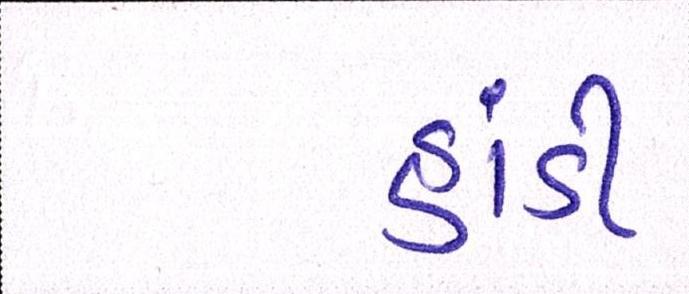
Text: હાંડી